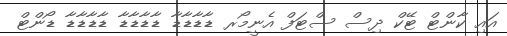
އައި ކާންޓް ޓޭކް ދިސް ސްޓަފް އެނީމޯރ ޑާޑާޑާޑާ ޑާޑާޑާޑާ ޑާޑާޑާޑާ ޑޯންޓް